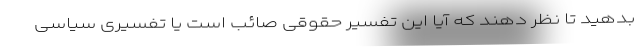
بدهید تا نظر دهند که آیا این تفسیر حقوقی صائب است یا تفسیری سیاسی